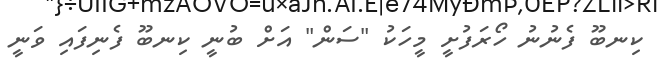
ކިނބޫ ފެނުނު ހޯރަފުށީ މީހަކު "ސަން" އަށް ބުނީ ކިނބޫ ފެނިފައި ވަނީ